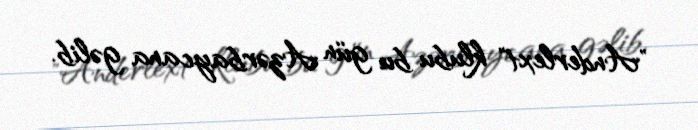
"Anderlext" klubu bu gün Azərbaycana gəlib.